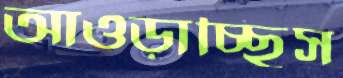
আওড়াচ্ছিস